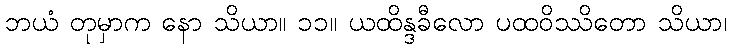
ဘယံ တုမှာက နော သိယာ။ ၁၁။ ယထိန္ဒခီလော ပထဝိဿိတော သိယာ၊